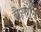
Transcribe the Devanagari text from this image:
बैसोनि